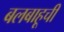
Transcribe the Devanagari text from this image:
बलबाहूची